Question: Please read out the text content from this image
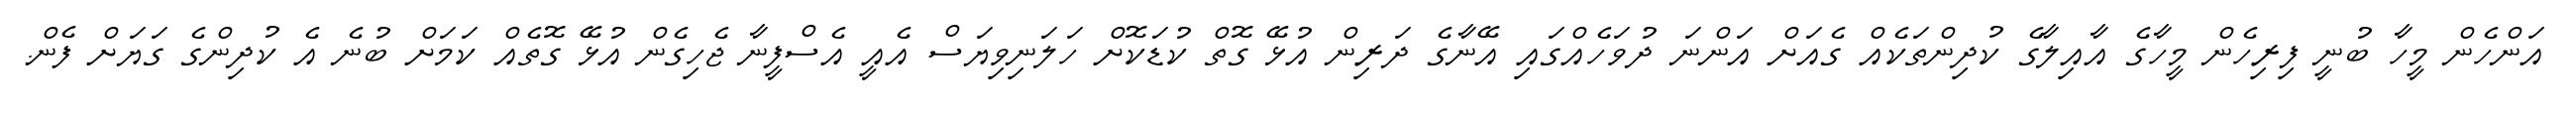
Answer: އަންހެން މީހާ ބުނީ ފިރިހެން މީހާގެ އާއިލާގެ ކުދިންތަކެއް ގެއަށް އަންނަ ދުވަހެއްގައި އޭނާގެ ދަރިން އުޅޭ ގޮތް ކުޑަކޮށް ހަލަނިވިޔަސް އެއީ އެސްފީނާ ޖެހިގެން އުޅޭ ގޮތެއް ކަމަށް ބުނެ އެ ކުދިންގެ ގަޔަށް ފެން.